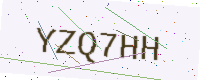
Text: YZQ7HH